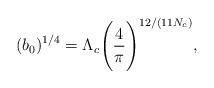
LaTeX: \begin{align*}(b_0)^{1/4} = \Lambda_{c} \Bigg(\frac{4}{\pi}\Bigg)^{12/(11 N_c)},\end{align*}